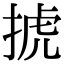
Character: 𢮎